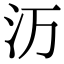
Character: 𬇕